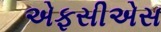
એફસીએસ